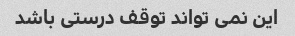
این نمی تواند توقف درستی باشد